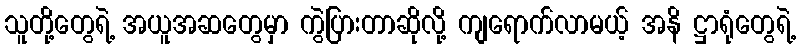
သူတို့တွေရဲ့ အယူအဆတွေမှာ ကွဲပြားတာဆိုလို့ ကျရောက်လာမယ့် အနိ ဋ္ဌာရုံတွေရဲ့